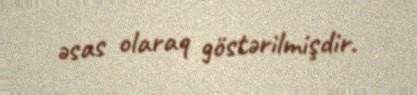
əsas olaraq göstərilmişdir.